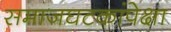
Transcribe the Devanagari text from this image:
समाजघटकांपेक्षा